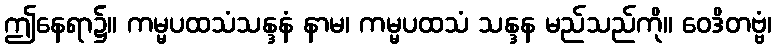
ဤနေရာ၌။ ကမ္မပထသံသန္ဒနံ နာမ၊ ကမ္မပထသံ သန္ဒန မည်သည်ကို။ ဝေဒိတဗ္ဗံ၊